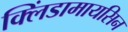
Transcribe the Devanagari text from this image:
क्लिंडामायसिन